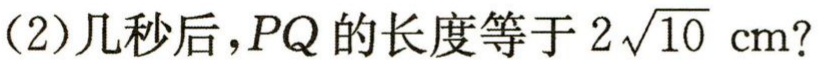
(2)几秒后，$PQ$的长度等于$2\sqrt{10}\text{ cm}$?